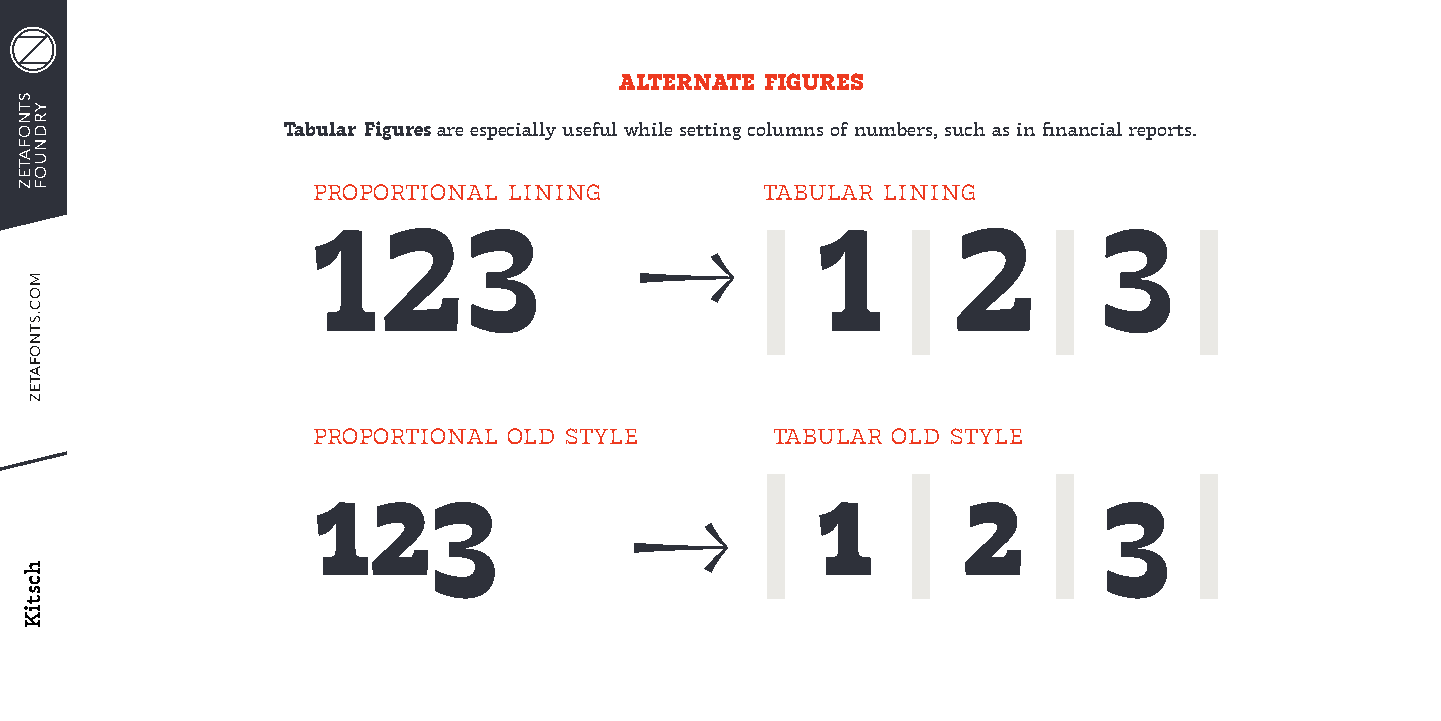
ALTERNATE FIGURES
 Tabular Figures are especially useful while setting columns of numbers, such as in financial reports.
 proportional lining          tabular lining
 123                          |1|2|3|
 proportional old style        tabular old style
 123                          |1|2|3|
 STNOFATEZ
 YRDNUOF
 MOC.STNOFATEZ
 hcstiK
 ↓
 ↓